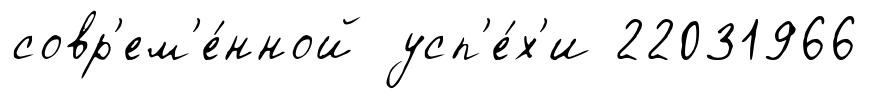
совр'ем'е́нной усп'е́х'и 22031966